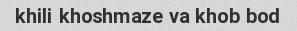
khili khoshmaze va khob bod